Lunatic asylums Punjab 1881-1894 - 1881-1894
Year: 1881
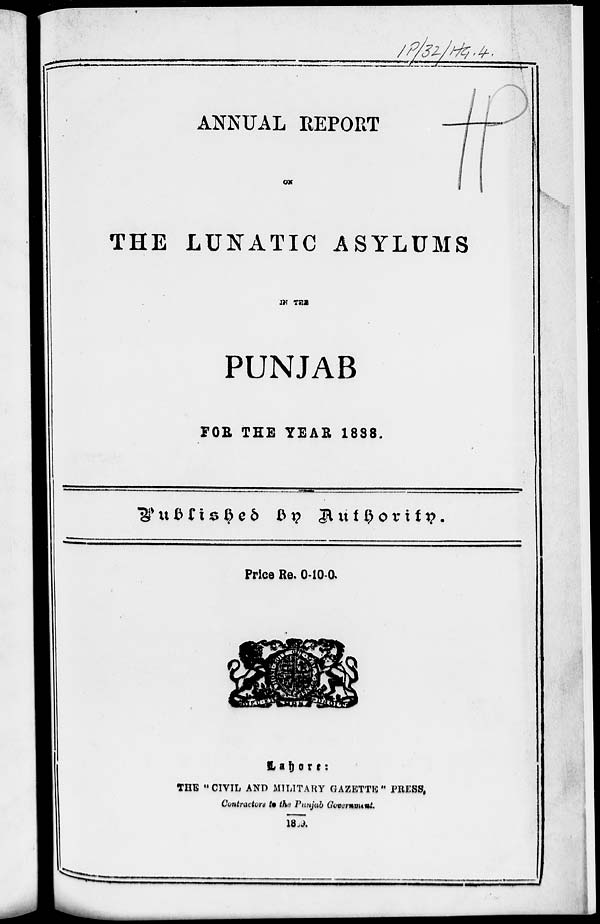
ANNUAL REPORT
ON
THE LUNATIC ASYLUMS
OF THE
PUNJAB
FOR THE YEAR 1888.
Published by
Authority.
Price Re. 0-10-0.
Lahore:
THE "CIVIL AND MILITARY GAZETTE " PRESS,
Contractors to the Punjab Government,
1889.